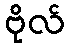
ဗိုလ်